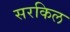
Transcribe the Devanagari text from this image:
सरकिल